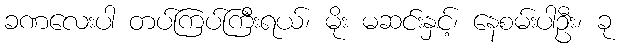
ခဏလေးပါ တပ်ကြပ်ကြီးရယ်၊ မိုး မဆင်းနှင့်၊ နေစမ်းပါဦး၊ ခု